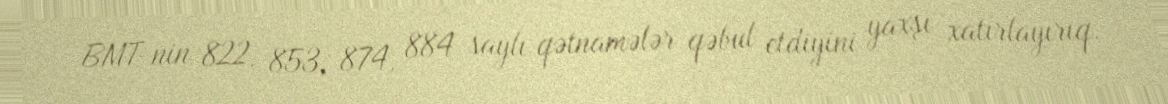
BMT-nin 822, 853, 874, 884 saylı qətnamələr qəbul etdiyini yaxşı xatırlayırıq.